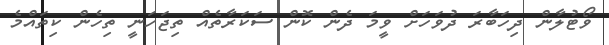
ވޯޓުލާން ދިހަބާރަ ދުވަހަށް ވީމަ ދެން ކޮން ސަކަރާތެއް ތިޖަހަނީ ތިހެން ކިތައްމެ